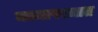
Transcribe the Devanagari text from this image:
कामापश्चात